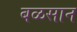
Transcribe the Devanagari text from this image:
बळसान